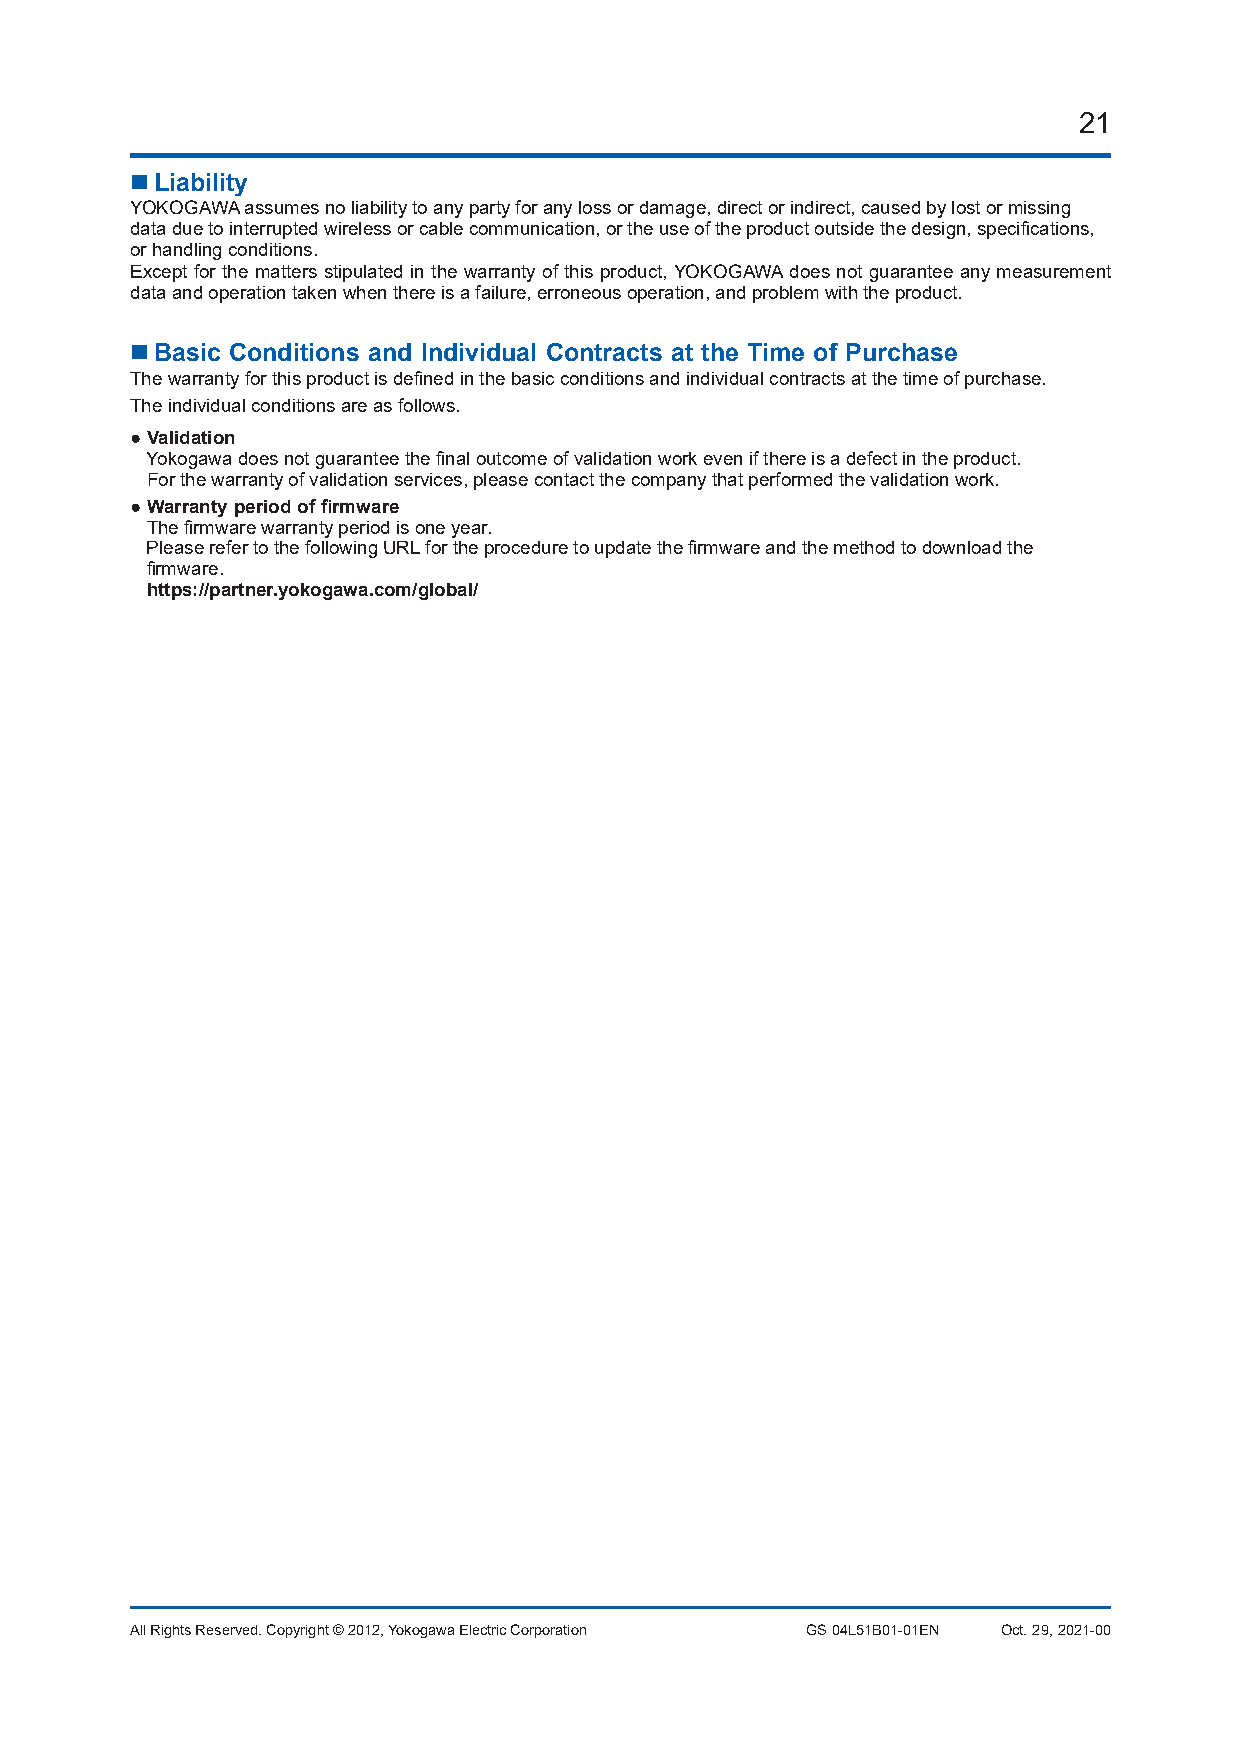
21
  Liability
 YOKOGAWA assumes no liability to any party for any loss or damage, direct or indirect, caused by lost or missing
 data due to interrupted wireless or cable communication, or the use of the product outside the design, specifications,
 or handling conditions.
 Except for the matters stipulated in the warranty of this product, YOKOGAWA does not guarantee any measurement
 data and operation taken when there is a failure, erroneous operation, and problem with the product.
  Basic Conditions and Individual Contracts at the Time of Purchase
 The warranty for this product is defined in the basic conditions and individual contracts at the time of purchase.
 The individual conditions are as follows.
 ● Validation
 Yokogawa does not guarantee the final outcome of validation work even if there is a defect in the product.
 For the warranty of validation services, please contact the company that performed the validation work.
 ● Warranty period of firmware
 The firmware warranty period is one year.
 Please refer to the following URL for the procedure to update the firmware and the method to download the
 firmware.
 https://partner.yokogawa.com/global/
 All Rights Reserved. Copyright © 2012, Yokogawa Electric Corporation GS 04L51B01-01EN Oct. 29, 2021-00